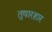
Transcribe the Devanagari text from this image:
तुषारहार